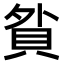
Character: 𧵏